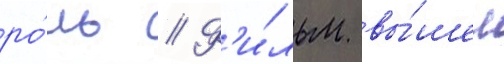
ро́ль // Ф'и́льм вы́шел